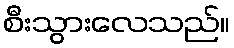
စီးသွားလေသည်။